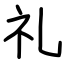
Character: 礼